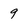
Character: 9